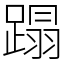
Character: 蹋